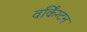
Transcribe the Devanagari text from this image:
वर्किंग्टन